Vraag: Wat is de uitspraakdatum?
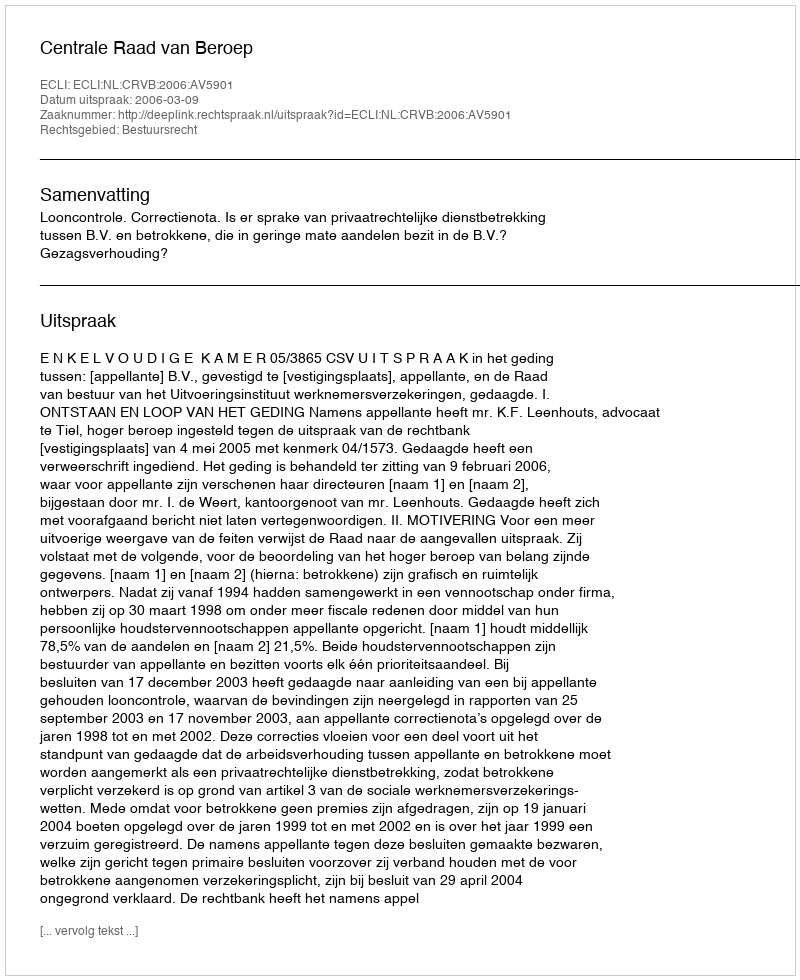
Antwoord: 2006-03-09